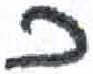
אות: כ